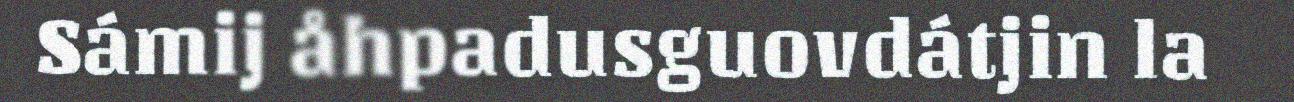
Sámij åhpadusguovdátjin la